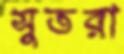
সুতরা